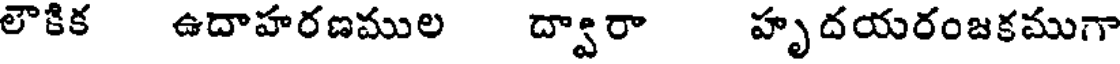
లౌకిక ఉదాహరణముల ద్వారా హృదయరంజకముగా